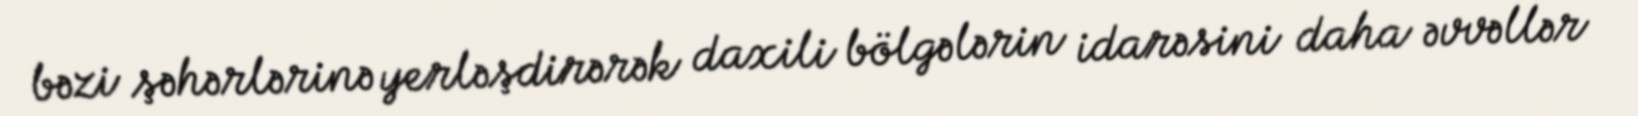
bəzi şəhərlərinə yerləşdirərək daxili bölgələrin idarəsini daha əvvəllər